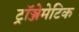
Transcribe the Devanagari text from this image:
ट्रॉञ्जेमेटिक